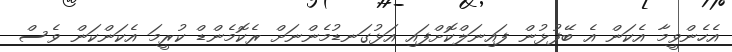
އެހެންވީމާ އެކަން އެ ބޭފުޅުން ފައިނަލްކޮށްފައި އަޅުގަނޑުމެންނަށް ރެކޮމެންޑް ކުރީމަ އެކަންކަން ވެސް